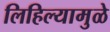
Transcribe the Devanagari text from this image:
लिहिल्यामुळे